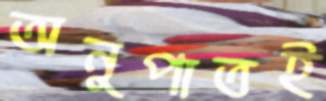
অনুপাতই